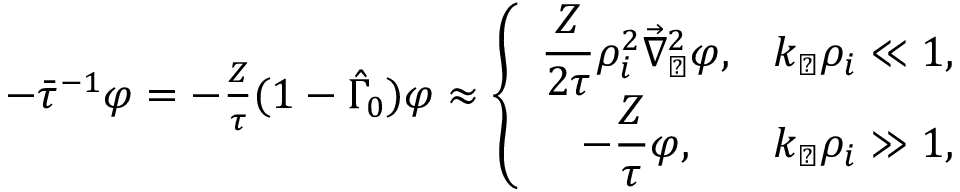
\begin{array} { r } { - \bar { \tau } ^ { - 1 } \varphi = - \frac { Z } { \tau } ( 1 - \hat { \Gamma } _ { 0 } ) \varphi \approx \left\{ \begin{array} { c c } { \displaystyle \frac { Z } { 2 \tau } \rho _ { i } ^ { 2 } \vec { \nabla } _ { \perp } ^ { 2 } \varphi , } & { \displaystyle k _ { \perp } \rho _ { i } \ll 1 , } \\ { \displaystyle - \frac { Z } { \tau } \varphi , } & { \displaystyle k _ { \perp } \rho _ { i } \gg 1 , } \end{array} \right. } \end{array}